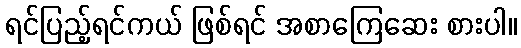
ရင်ပြည့်ရင်ကယ် ဖြစ်ရင် အစာကြေဆေး စားပါ။